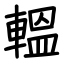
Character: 轀